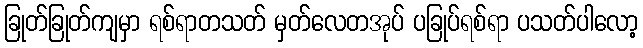
ခြုတ်ခြုတ်ကျမှာ ရစ်ရာတသတ် မှတ်လေတအုပ် ပခြုပ်ရစ်ရာ ပသတ်ပါလော့